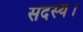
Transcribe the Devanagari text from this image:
सदस्‍य।